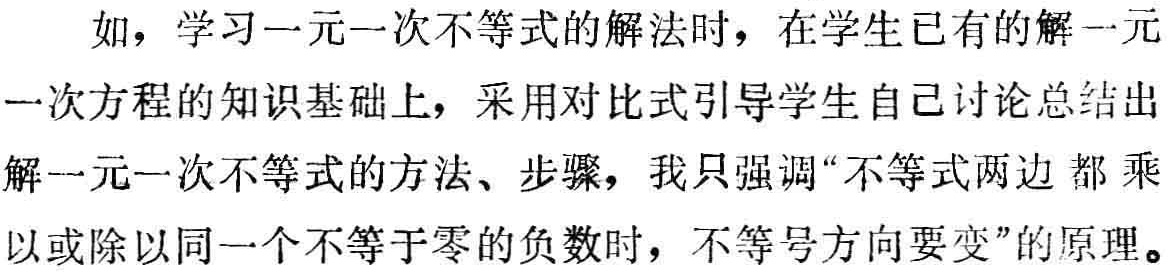
如，学习一元一次不等式的解法时，在学生已有的解一元一次方程的知识基础上，采用对比式引导学生自己讨论总结出解一元一次不等式的方法、步骤，我只强调“不等式两边都乘以或除以同一个不等于零的负数时，不等号方向要变”的原理。